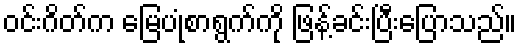
ဝင်းဂိတ်က မြေပုံစာရွက်ကို ဖြန့်ခင်းပြီးပြောသည်။